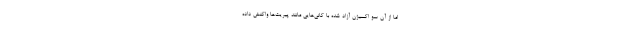
اما از آن سو اکسیژن آزاد شده با کانی‌هایی مانند پیریت‌ها واکنش داده